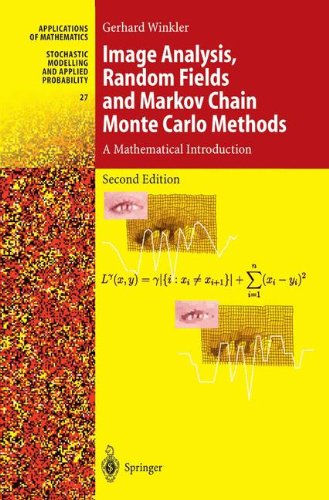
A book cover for Image Analysis, Random Fields and Markov Chain Monte Carlo Methods: A Mathematical Introduction (Stochastic Modelling and Applied Probability); Gerhard Winkler; Computers & Technology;